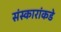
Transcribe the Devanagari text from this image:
संस्कारांकडे